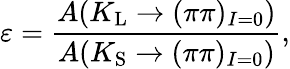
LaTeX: \varepsilon={\frac{{A(K_{\mathrm{L}}\rightarrow(\pi\pi)_{I=0}})}{A(K_{\mathrm{S}}\rightarrow(\pi\pi)_{I=0})}},